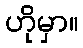
ဟိုမှာ။